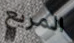
المريع